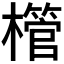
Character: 𪴌